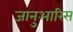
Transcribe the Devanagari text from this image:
जानुआरिस